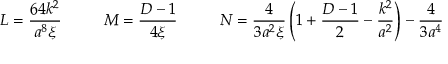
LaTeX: L = \frac { 6 4 k ^ { 2 } } { a ^ { 8 } \xi } \ \ \ \ \ \ \ \ M = \frac { D - 1 } { 4 \xi } \ \ \ \ \ \ \ \ N = \frac { 4 } { 3 a ^ { 2 } \xi } \left( 1 + \frac { D - 1 } { 2 } - \frac { k ^ { 2 } } { a ^ { 2 } } \right) - \frac { 4 } { 3 a ^ { 4 } }